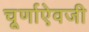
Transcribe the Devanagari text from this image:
चूर्णाऐवजी